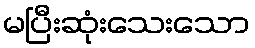
မပြီးဆုံးသေးသော